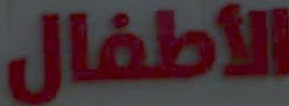
الأطفال